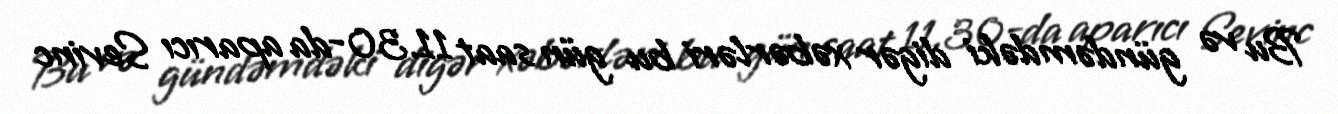
Bu və gündəmdəki digər xəbərləri bu gün saat 11.30-da aparıcı Sevinc